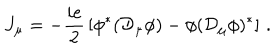
LaTeX: J _ { \mu } = - { \frac { i e } { 2 } } \left[ \phi ^ { * } ( { \cal D } _ { \mu } \phi ) - \phi ( { \cal D } _ { \mu } \phi ) ^ { * } \right] \, .